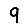
Digit: 9